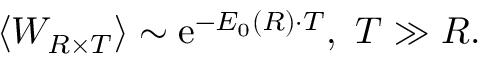
\left< W _ { R \times T } \right> \sim \mathrm { e } ^ { - E _ { 0 } ( R ) \cdot T } , ~ T \gg R .